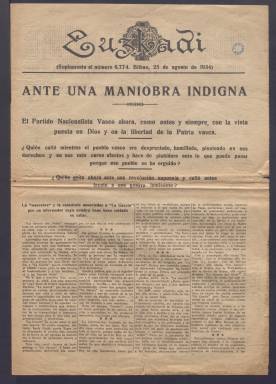
Título: Euzkadi (Bilbao. 1913)
Colección: Periódicos || Guerra civil
Ámbito geográfico: Barcelona
Lugar de publicación: Barcelona
Fechas: 25/08/1934-16/10/1938